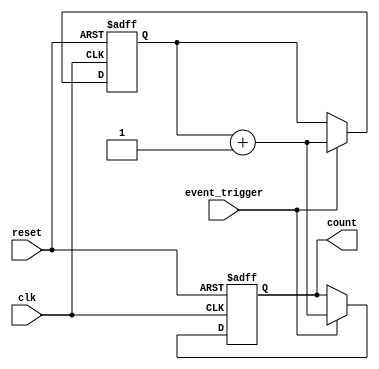
module event_triggered_counter #(
    parameter COUNTER_WIDTH = 8  // Maximum expected count (0 to 255)
)(
    input wire clk,                // Clock input
    input wire reset,              // Reset input (active high)
    input wire event_trigger,      // Event trigger input
    output reg [COUNTER_WIDTH-1:0] count // Output to read the current count value
);

// Memory block to store the current count value
reg [COUNTER_WIDTH-1:0] memory_block;

// Always block for synchronous operation
always @(posedge clk or posedge reset) begin
    if (reset) begin
        // Reset the count to zero
        memory_block <= 0;
        count <= 0;
    end else if (event_trigger) begin
        // Increment the count value when an event is triggered
        memory_block <= memory_block + 1;
        count <= memory_block + 1; // Update the output count
    end
end

endmodule